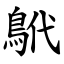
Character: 鴏